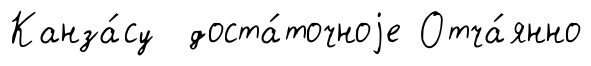
Канза́су доста́точноjе Отча́янно